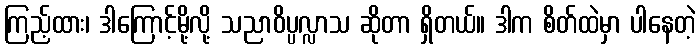
ကြည့်ထား၊ ဒါကြောင့်မို့လို့ သညာဝိပ္ပလ္လာသ ဆိုတာ ရှိတယ်။ ဒါက စိတ်ထဲမှာ ပါနေတဲ့